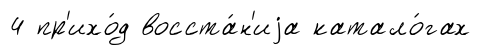
4 пр'ихо́д восста́н'иjа катало́гах